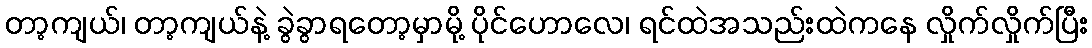
တာ့ကျယ်၊ တာ့ကျယ်နဲ့ ခွဲခွာရတော့မှာမို့ ပိုင်ဟောလေ၊ ရင်ထဲအသည်းထဲကနေ လှိုက်လှိုက်ပြီး